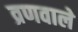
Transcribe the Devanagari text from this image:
व्रणवाले